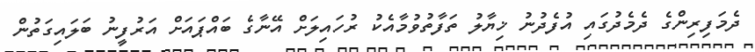
ދެމަފިރިންގެ ދެމެދުގައި އުފެދުނު ޚިޔާލު ތަފާތުވުމާއެކު ރުހައިލަށް އޭނާގެ ބައްޕައަށް އަރުފީނު ބަލައިގަތުން